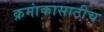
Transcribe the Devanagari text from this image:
क्रमांकासाठीच